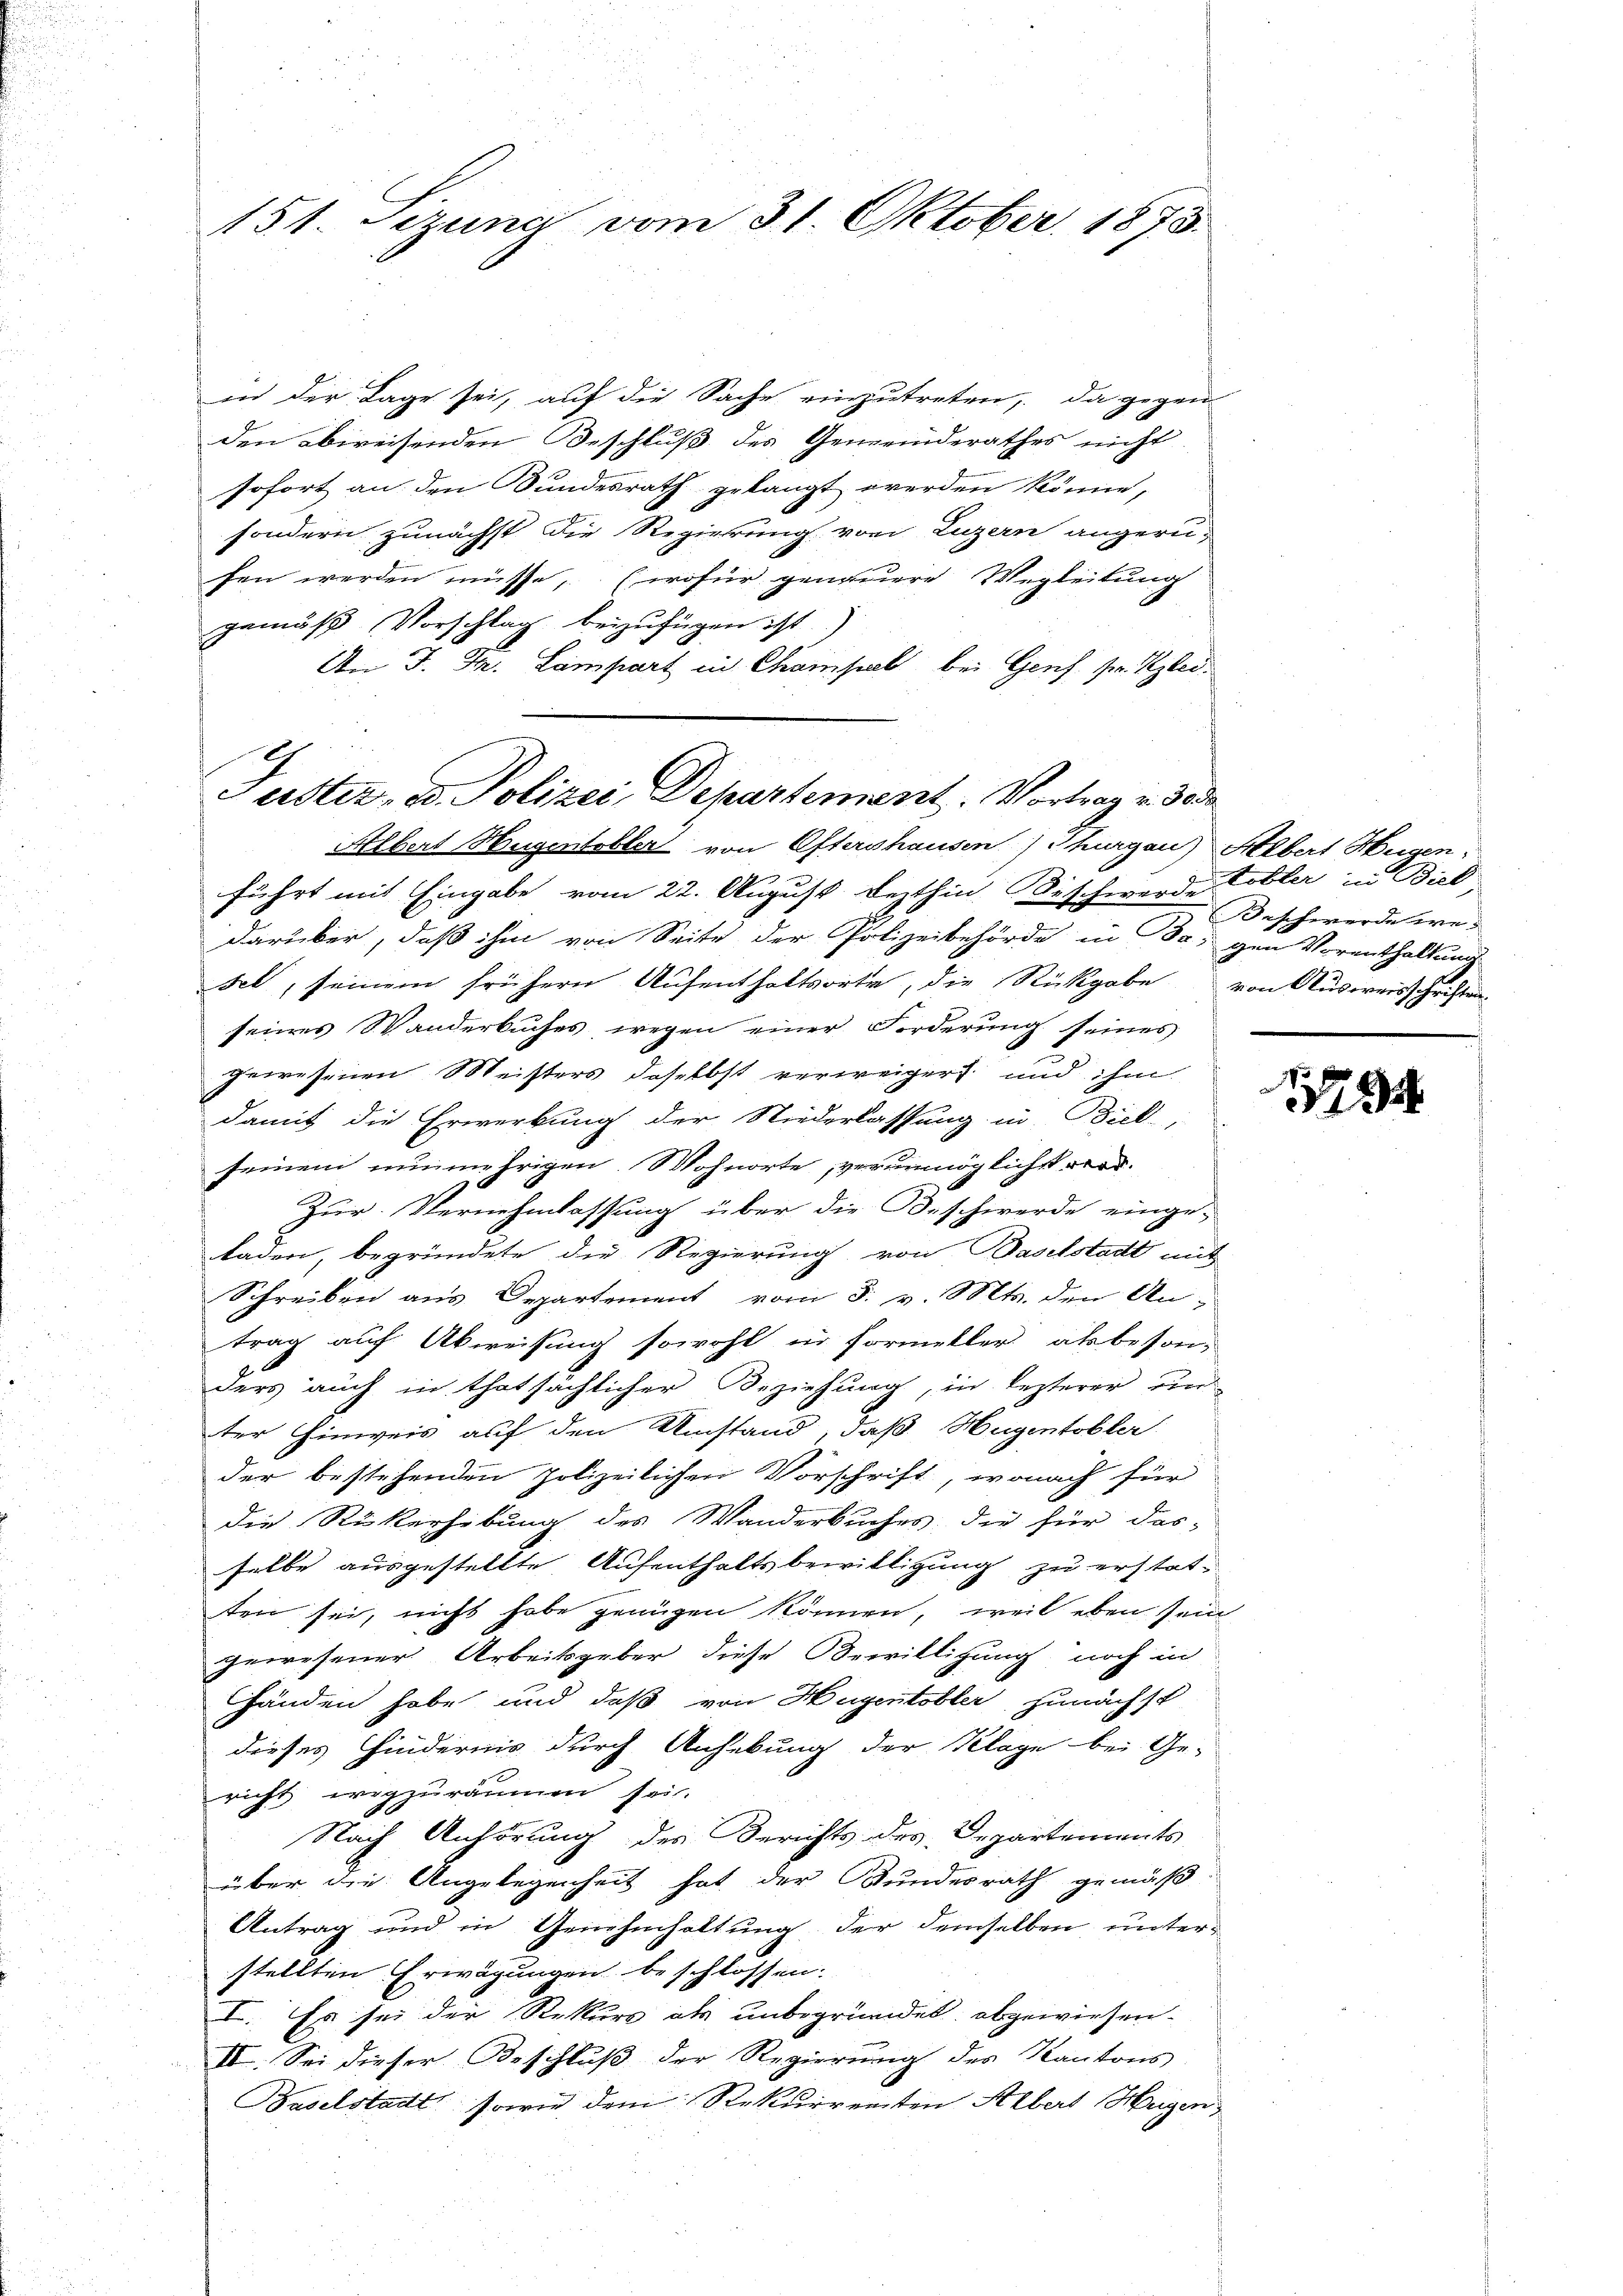
151. Sizung vom 31. Oktober 1875.

in der Lage sei, auf die Sache einzutreten, da gegen-
den abweisenden Beschluß des Gemeinderathes nicht
sofort an den Bundesrath gelangt werden könne,
sondern zunächst die Regierung von Luzern angerufen werden müsse, (wofür genauere Wegleitung
gemäß Vorschlag beizufügen ist)
An J. J. Lampart in Chaisel bei Genf, Hr. Klei¬

Tuster- u. Polizei, Departement. Vortrag v. 30

Albert Hugentobler von Ostershausen) Thurgau Albert Hugen
führt mit Eingabe vom 22. August lezthin. Bischwerde Tobler in Biel
darüber, daß ihm von Seite der Polizeibehörde in Ba, gen Vorenthaltung
sel, seinem frühern Aufenthaltsorte, die Rückgabe von Ausweisschriften.
seines Schanderbuches, wegen einer Forderung seines
gewesenen Meisters daselbst verweigert und ihm
damit die Erwerbung der Niederlassung in Biel
seinem nunmehrigen Wohnorte, verunmöglichst werd
Zur. Vernehmlassung über die Beschwerde einge-
laden, begründete die Regierung, von Baselstadt mit
Schreiben aus Departement vom 5. v. Mts. den An-
trag auf Abweisung sowohl in Formeller abbesonders auch in thatsächlicher Beziehung, in lezterer un
ter Hinweis auf den Umstand, daß Hugentobler
der bestehenden polizeilichen Vorschrift, wonach für
die Rükerhebung des Wanderbuches, die für das-
selbe ausgestellte Aufenthaltsbewilligung zu erstatten sei, nicht habe genügen können, weil eben sein
gewesener Arbeitsgeber diese Bewilligung noch in
Händen habe und daß von Hugentobler zunächst
dieses Hindernis durch Anhebung der Klage bei Ge-
richt wegzuräumen sei.
Nach Anhörung des Berichts des Departements
über die Angelegenheit hat der Bundesrath gemäß
Antrag und in Genehmhaltung der demselben unterstellten Erwägungen beschlossen.
I. Es sei der Rekurs als unbegründet, abgewiesen-
II. Sei dieser Beschluß der Regierung des Kantons
aselstadt sowie dem Rekurrenten Albert Herzen

Beschwerde we¬

2